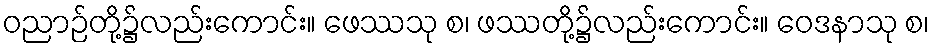
ဝညာဉ်တို့၌လည်းကောင်း။ ဖေဿသု စ၊ ဖဿတို့၌လည်းကောင်း။ ဝေဒနာသု စ၊